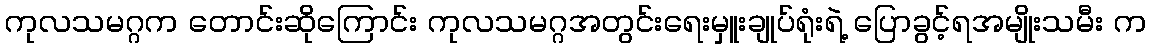
ကုလသမဂ္ဂက တောင်းဆိုကြောင်း ကုလသမဂ္ဂအတွင်းရေးမှူးချုပ်ရုံးရဲ့ ပြောခွင့်ရအမျိုးသမီး က